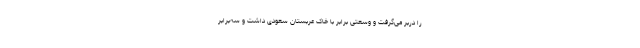
را دربر می‌گرفت و وسعتی برابر با خاک عربستان سعودی داشت و سه‌برابر